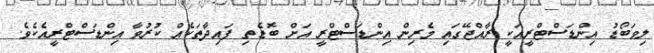
ލިވަބޯޑު އިންޑަސްޓްރީއަކީ ރާއްޖޭގައި މެރިން އިންޑަސްޓްރީ އަށް ބޮޑެތި ފައިދާތަކެއް ކުރުވާ އިންޑަސްޓްރީއެކެވެ.